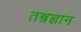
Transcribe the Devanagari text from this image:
तन्त्रज्ञान